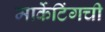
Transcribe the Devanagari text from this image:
मार्केटिंगची